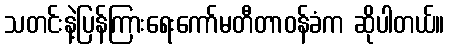
သတင်းနဲ့ပြန်ကြားရေးကော်မတီတာဝန်ခံက ဆိုပါတယ်။